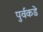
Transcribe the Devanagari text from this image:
पुर्वकडे